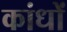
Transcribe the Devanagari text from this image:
कांधों